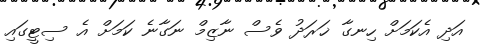
އަދި އެކަމަށް ހިނގާ ޚަރަދު ވެސް ނާޒިމް ނަގާނެ ކަމަށް އެ ސިޓީގައި